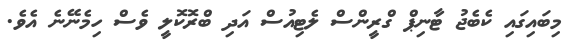
މިބައިގައި ކެބެޖު ޓާނިޕް ގްރީންސް ލެޓިއުސް އަދި ބްރޮކޮލީ ވެސް ހިމެނޭނެ އެވެ.